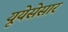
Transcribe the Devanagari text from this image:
यूयेसेसार